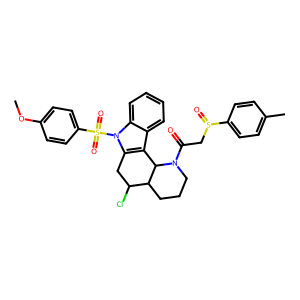
SMILES: COc1ccc(S(=O)(=O)n2c3c(c4ccccc42)C2C(CCCN2C(=O)CS(=O)c2ccc(C)cc2)C(Cl)C3)cc1
Inhibits HIV replication: No